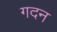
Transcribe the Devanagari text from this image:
गदन